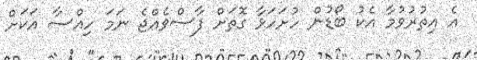
އެ އިތުރުވުމާ އެކު ބޯޑުން ހުށަހަޅާ ގޮތަށް ފާސްވެއްޖެ ނަމަ ހިއްސާ އަކަށް